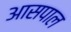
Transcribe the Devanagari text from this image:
आसपाल